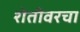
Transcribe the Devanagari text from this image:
शेतीवरचा